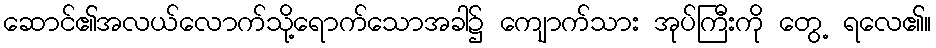
ဆောင်၏အလယ်လောက်သို့ရောက်သောအခါ၌ ကျောက်သား အုပ်ကြီးကို တွေ့ ရလေ၏။